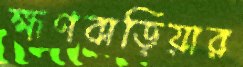
হ্মণবাড়িয়ার